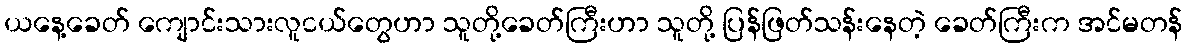
ယနေ့ခေတ် ကျောင်းသားလူငယ်တွေဟာ သူတို့ခေတ်ကြီးဟာ သူတို့ ပြန်ဖြတ်သန်းနေတဲ့ ခေတ်ကြီးက အင်မတန်